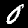
Digit: 0